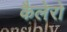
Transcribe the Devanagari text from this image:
कैलेरो